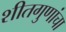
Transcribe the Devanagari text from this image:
शीतगुणांचा